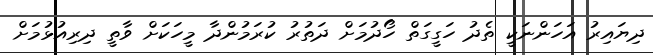
ދިޔައިރު އަހަންނަކީ ތެދު ހަގީގަތް ހޯދުމަށް ދަތުރު ކުރަމުންދާ މީހަކަށް ވާތީ ދިރިއުޅުމަށް